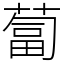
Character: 蔔